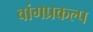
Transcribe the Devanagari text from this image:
वांगप्रकल्प